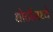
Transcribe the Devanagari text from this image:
धोटीमध्ये